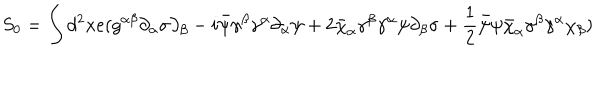
S _ { 0 } = \int d ^ { 2 } x e ( g ^ { \alpha \beta } \partial _ { \alpha } \sigma \partial _ { \beta } - i \bar { \psi } \gamma ^ { \beta } \gamma ^ { \alpha } \partial _ { \alpha } \psi + 2 \bar { \chi } _ { \alpha } \gamma ^ { \beta } \gamma ^ { \alpha } \psi \partial _ { \beta } \sigma + \frac { 1 } { 2 } \bar { \psi } \psi \bar { \chi } _ { \alpha } \gamma ^ { \beta } \gamma ^ { \alpha } \chi _ { \beta } )